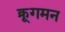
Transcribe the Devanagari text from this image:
क्रूगमन